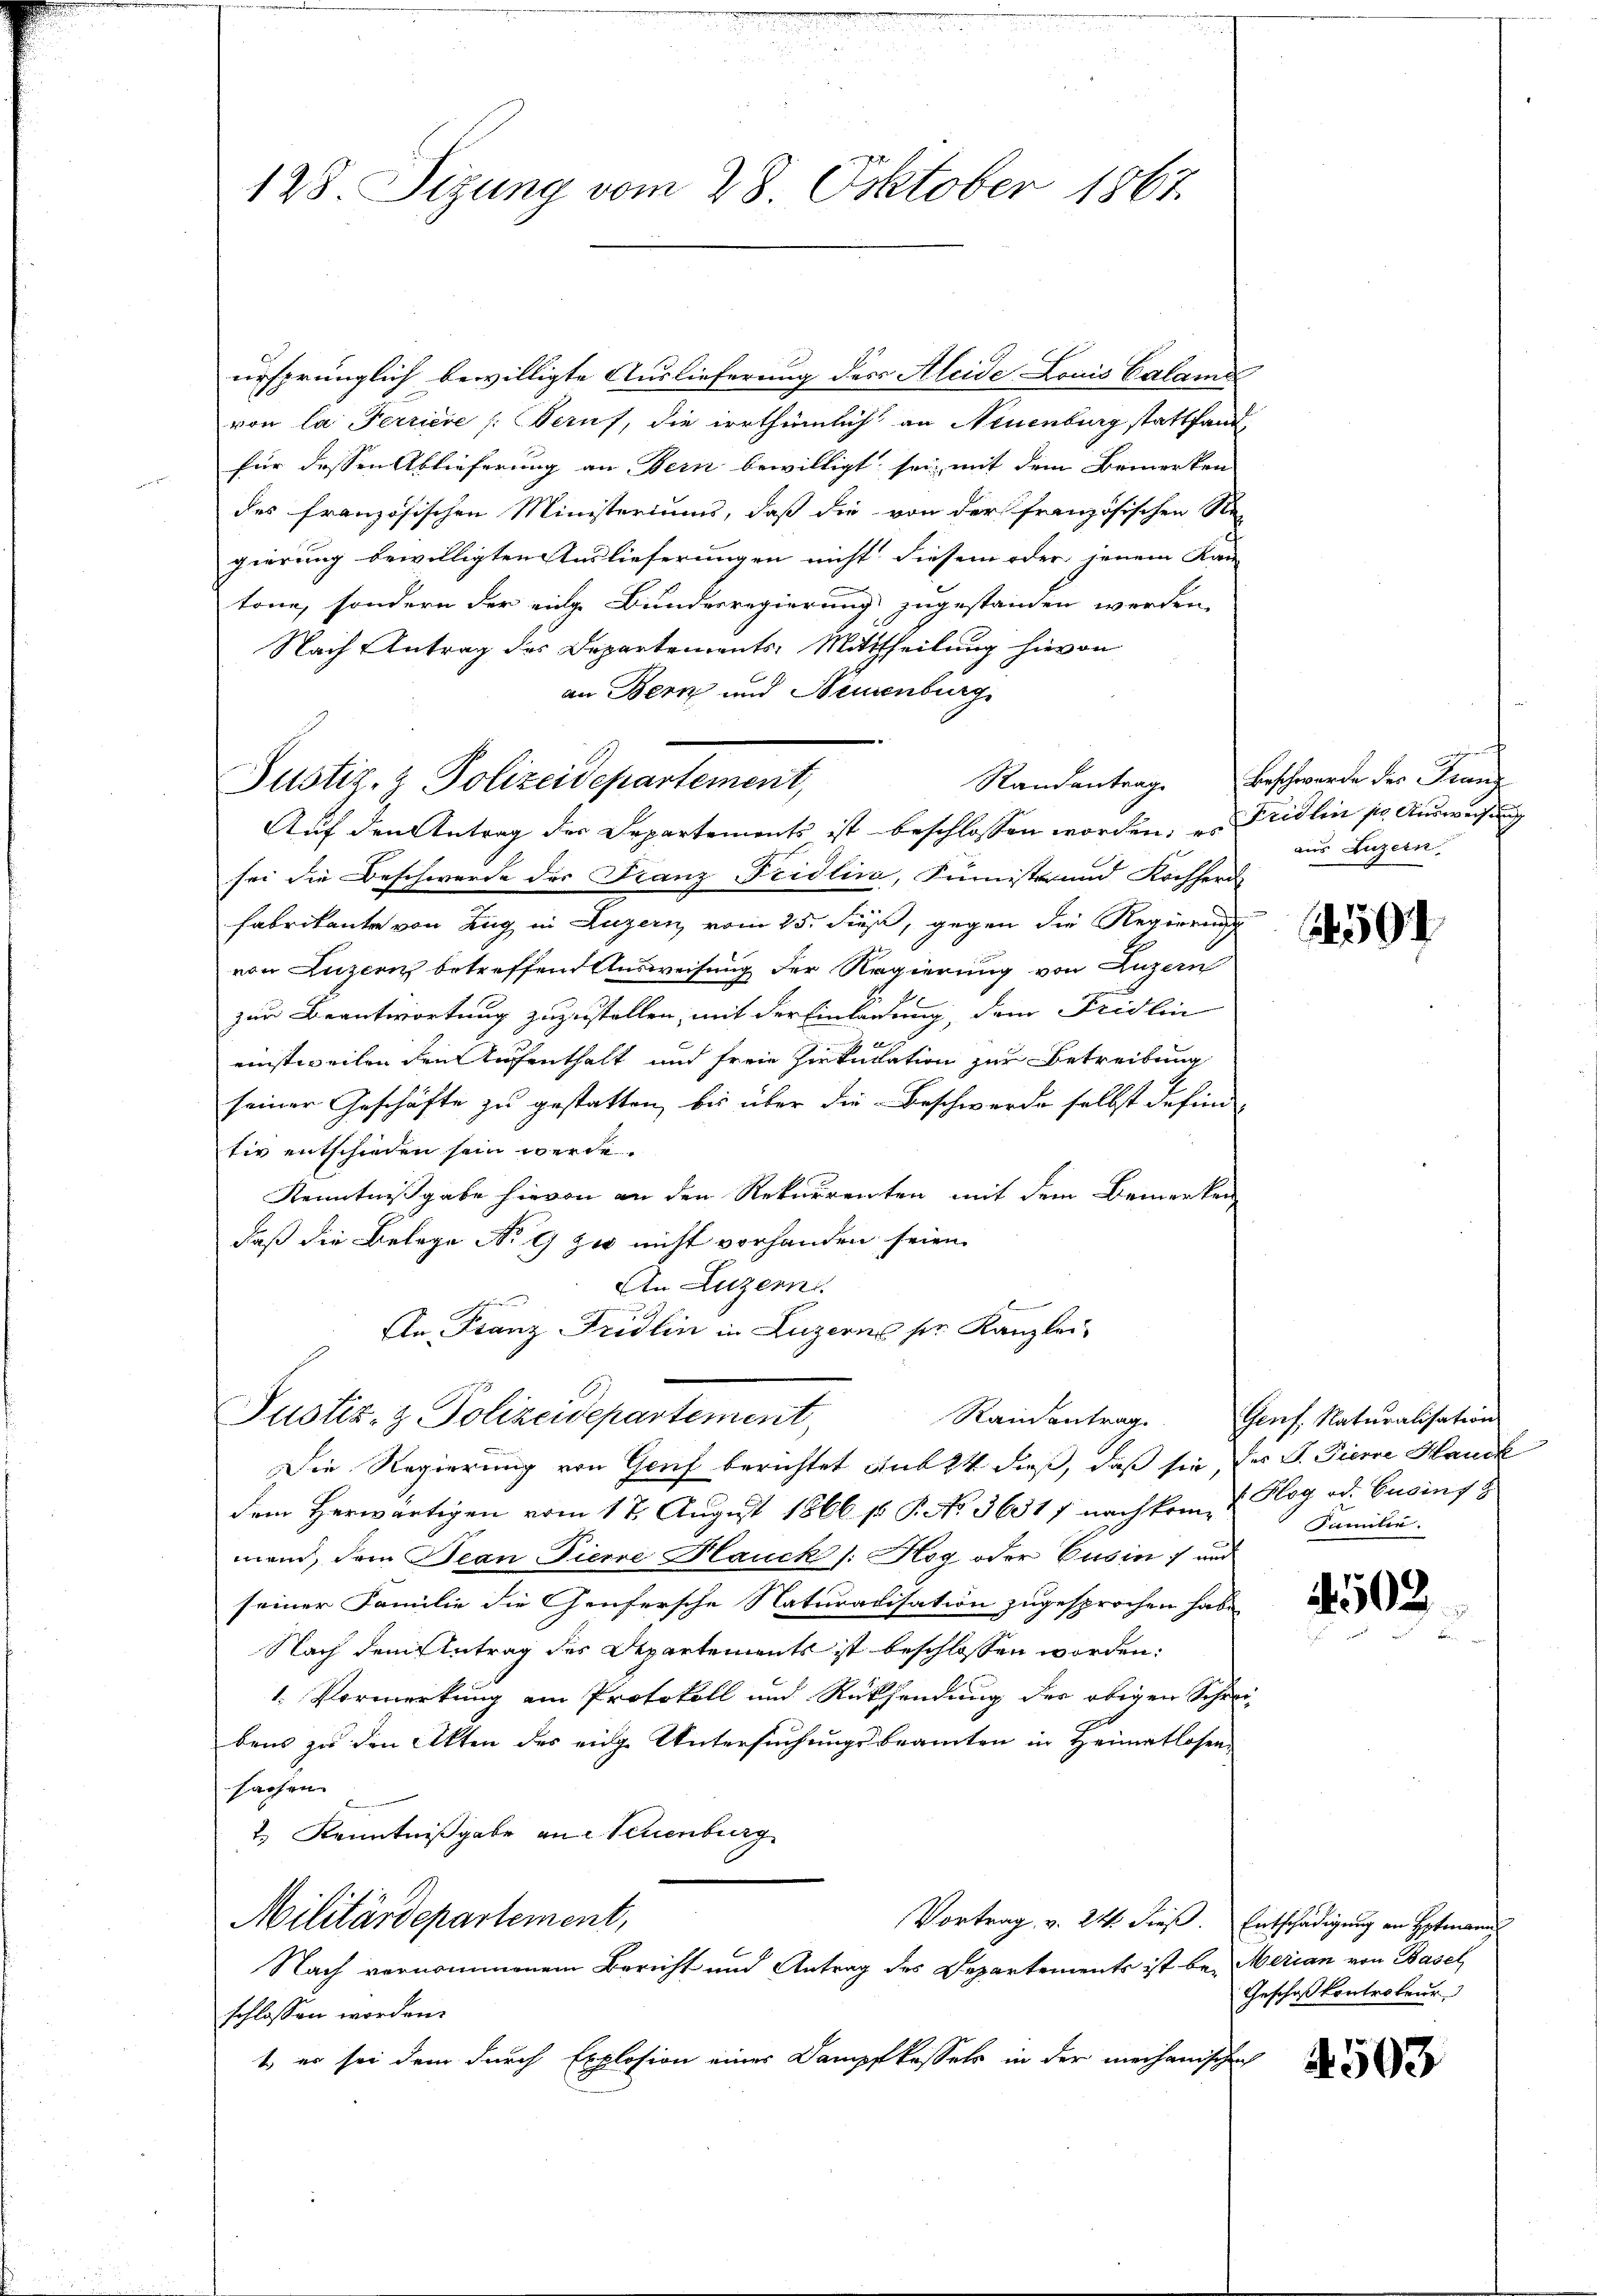
128. Sizung vom 28. Oktober 1867.

ursprünglich bewilligte Auslieferung des Aleide Louis Calame
von la Ferriere (: Beruf, die irrthümlich an Neuenburg stattfand-
für dessen Ablieferung an Bern bewilligt sei, mit dem Bemerken
des französischen Ministeriums, daß die von der französischen Re-
gierung bewilligten Auslieferungen nicht diesem oder jenem Kan
tone, sondern der eige Bundesregierung zugestanden werden,
Nach Antrag des Departements-Mittheilung hievon
an Bern und Neuenburg

Justiz- & Polizeidepartement,
Auf den Antrag der Departements ist beschlossen worden, es Fridlin pr. Ausweisung

Justiz- & Polizeidepartement,
Randantrag.

sei die Beschwerde des Franz Fridlina, Sünister und Kochherd
Fabrikante von Zug in Luzern vom 25. dieß, gegen die Regierung
von Luzern betreffend Ausweisung der Regierung von Luzern
zur Beantwortung zuzustellen, mit der Einladung, dem Fridlin
einstweilen den Aufenthalt und freie Zirkulation zur Betreibung
seiner Geschäfte zu gestatten, bis über die Beschwerde selbst defini
tiv entschieden sein werde.
Kenntnißgabe hievon an den Rekurrenten mit dem Bemerken,
daß die Belege No 9 zu nicht vorhanden seien.
An Luzern.
An Franz Fridlin in Luzerns ser Kanzlei

Die Regierung von Genf berichtet sub 24 dieß, daß sie, der S. Tierre Hanck
dem Herwärtigen vom 17. August 1866 p. P. No. 36517 nachkom 4. Klag od. Cusins
mand, dem Jean Pierre Hauck (: Hog oder Cusin, und
seiner Familie die Genfersche Naturarisation zugesprochen habe,
Nach dem Antrag des Departements ist beschlossen worden:
1. Vormerkung ein Protokoll und Rücksendung der obigen Schrei-
bens zu den Akten des eige Untersuchungsbeamten in Heimatlosen-
sachen
2.) Kenntnißgabe an Neuenburg
Militärdepartement,
Vortrag v. 24. dieß. Entschädigung an Hofmann
Nach vernommenem Bericht und Antrag des Departements ist be- Merian von Basel
schlossen worden.
t es sei dem durch Explosion einer Dampfkassels in der mechanischen

Randantrage Beschwerde des Franz
aus Luzern

594

Genf, Naturalisation
Familie.

4502

Geschakontrateur

503